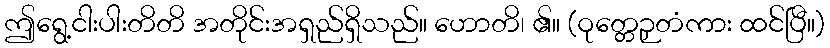
ဤရွေ့ငါးပါးတိတိ အတိုင်းအရှည်ရှိသည်။ ဟောတိ၊ ၏။ (ဝုတ္တေဉှတံကား ထင်ပြီ။)